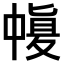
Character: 𠁶